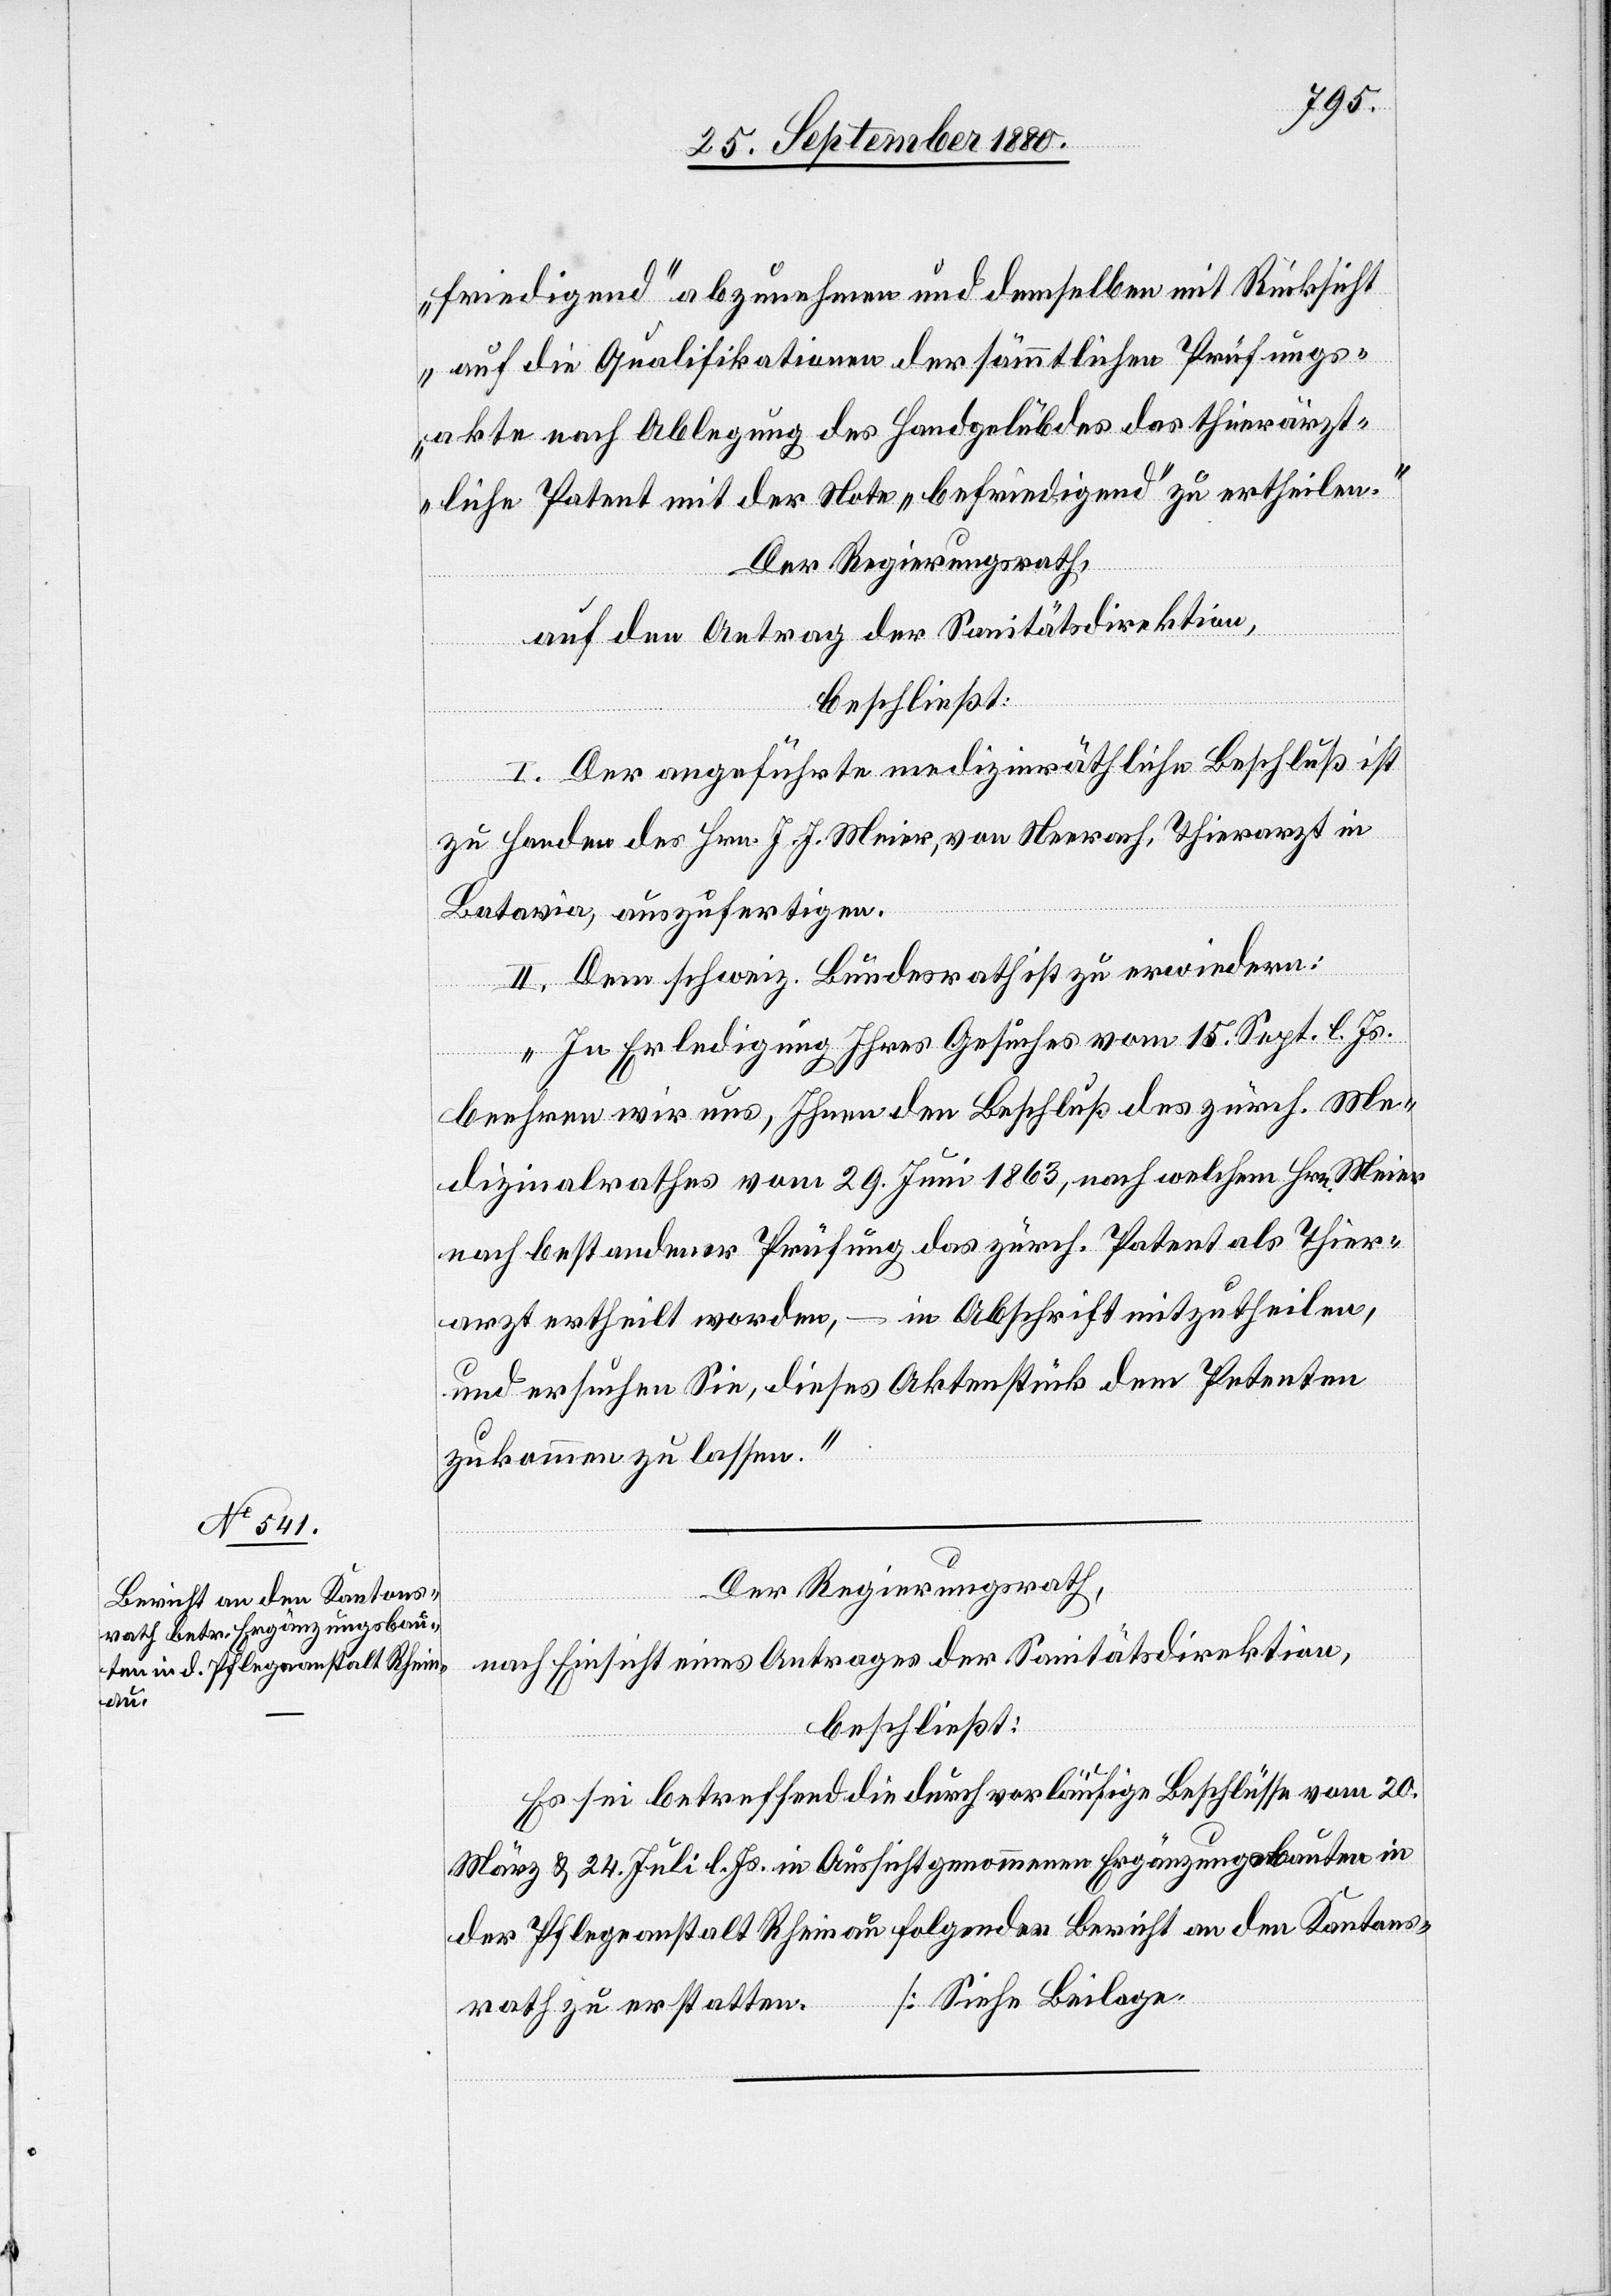
friedigend“ abzunehmen und demselben mit Rücksicht
auf die Qualifikationen der sämmtlichen Prüfungs¬
akte nach Ablegung des Handgelübdes das thierärzt¬
liche Patent mit der Note „befriedigend“ zu ertheilen.“
Der Regierungsrath,
auf den Antrag der Sanitätsdirektion,
beschließt:
I. Der angeführte medizinräthliche Beschluß ist
zu Handen des Hrn. J. J. Meier, von Neerach, Thierarzt in
Batavia, auszufertigen.
II. Dem schweiz. Bundesrath ist zu erwiedern:
„In Erledigung Ihres Gesuches vom 15. Sept. l. Js.
beehren wir uns, Ihnen den Beschluß des zürch. Me¬
dizinalrathes vom 29. Juni 1863, nach welchem Hrn. Meier
nach bestandener Prüfung das zürch. Patent als Thier¬
arzt ertheilt worden, – in Abschrift mitzutheilen,
und ersuchen Sie, dieses Aktenstück dem Petenten
zukommen zu lassen.“
Der Regierungsrath,
nach Einsicht eines Antrages der Sanitätsdirektion,
beschließt:
Es sei betreffend die durch vorläufige Beschlüsse vom 20.
März & 24. Juli l. Js. in Aussicht genommen Ergänzungsbauten in
der Pflegeanstalt Rheinau folgender Bericht an den Kantons¬
[Siehe Beilage.]
rath zu erstatten.